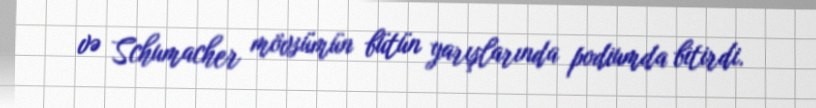
və Schumacher mövsümün bütün yarışlarında podiumda bitirdi.